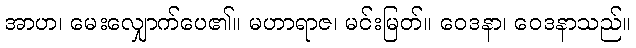
အာဟ၊ မေးလျှောက်ပေ၏။ မဟာရာဇ၊ မင်းမြတ်။ ဝေဒနာ၊ ဝေဒနာသည်။